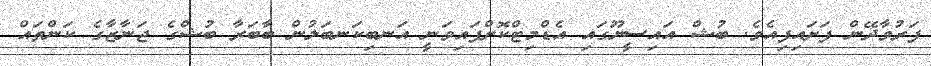
ފަރުވާދޭން ފަށައިފިއެވެ. ބުޝް އައިސީޔޫގައި އެޑްމިޓްކޮށްފައިވަނީ އަނބިކަނބަލުން ބާބަރާ ބުޝްގެ ޖަނާޒާގެ ކަންތައް